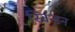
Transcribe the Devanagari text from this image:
स्विन्डन